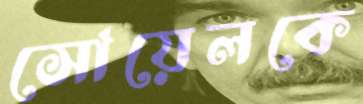
সোয়েলকে